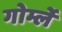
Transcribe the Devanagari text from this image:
गोर्म्ले